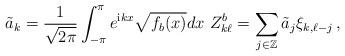
LaTeX: \begin{align*}{\tilde{a}}_{k}=\frac{1}{\sqrt{2\pi}}\int_{-\pi}^{\pi}e^{{\mathrm{i}}kx}\sqrt{f_{b}(x)}dx\,\,Z_{k\ell}^{b}=\sum_{j\in{\mathbb{Z}}}{\tilde{a}}_{j}\xi_{k,\ell-j}\,,\end{align*}